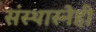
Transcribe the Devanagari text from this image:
संस्थास्नेही